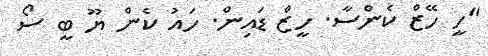
"ހީ ހޭޒް ކެންސާ. ހީޒް ޑައިން. ހައު ކެން ޔޫ ބީ ސޯ